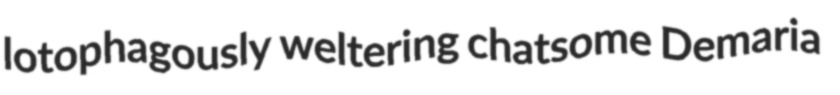
lotophagously weltering chatsome Demaria